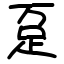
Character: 趸